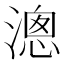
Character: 漗